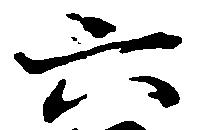
六